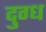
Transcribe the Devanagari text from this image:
दुग्‍ध